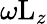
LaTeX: \omega\mathrm{L}_{z}